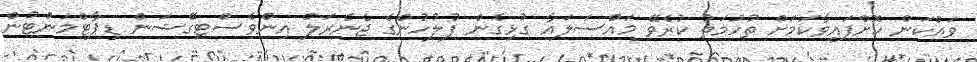
ވައްކަން ކޮށްފައިވާކަމަށް ތުހުމަތު ކުރެވޭ މައްސަލައާ ގުޅިގެން ފުލުހުންގެ ޖެނެރަލް އިންވެސްޓިގޭޝަން ޑިޕާޓްމަންޓުން